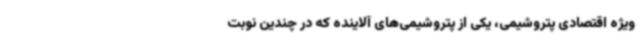
ویژه اقتصادی پتروشیمی، یکی از پتروشیمی‌های آلاینده که در چندین نوبت